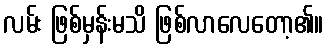
လမ်း ဖြစ်မှန်းမသိ ဖြစ်လာလေတော့၏။